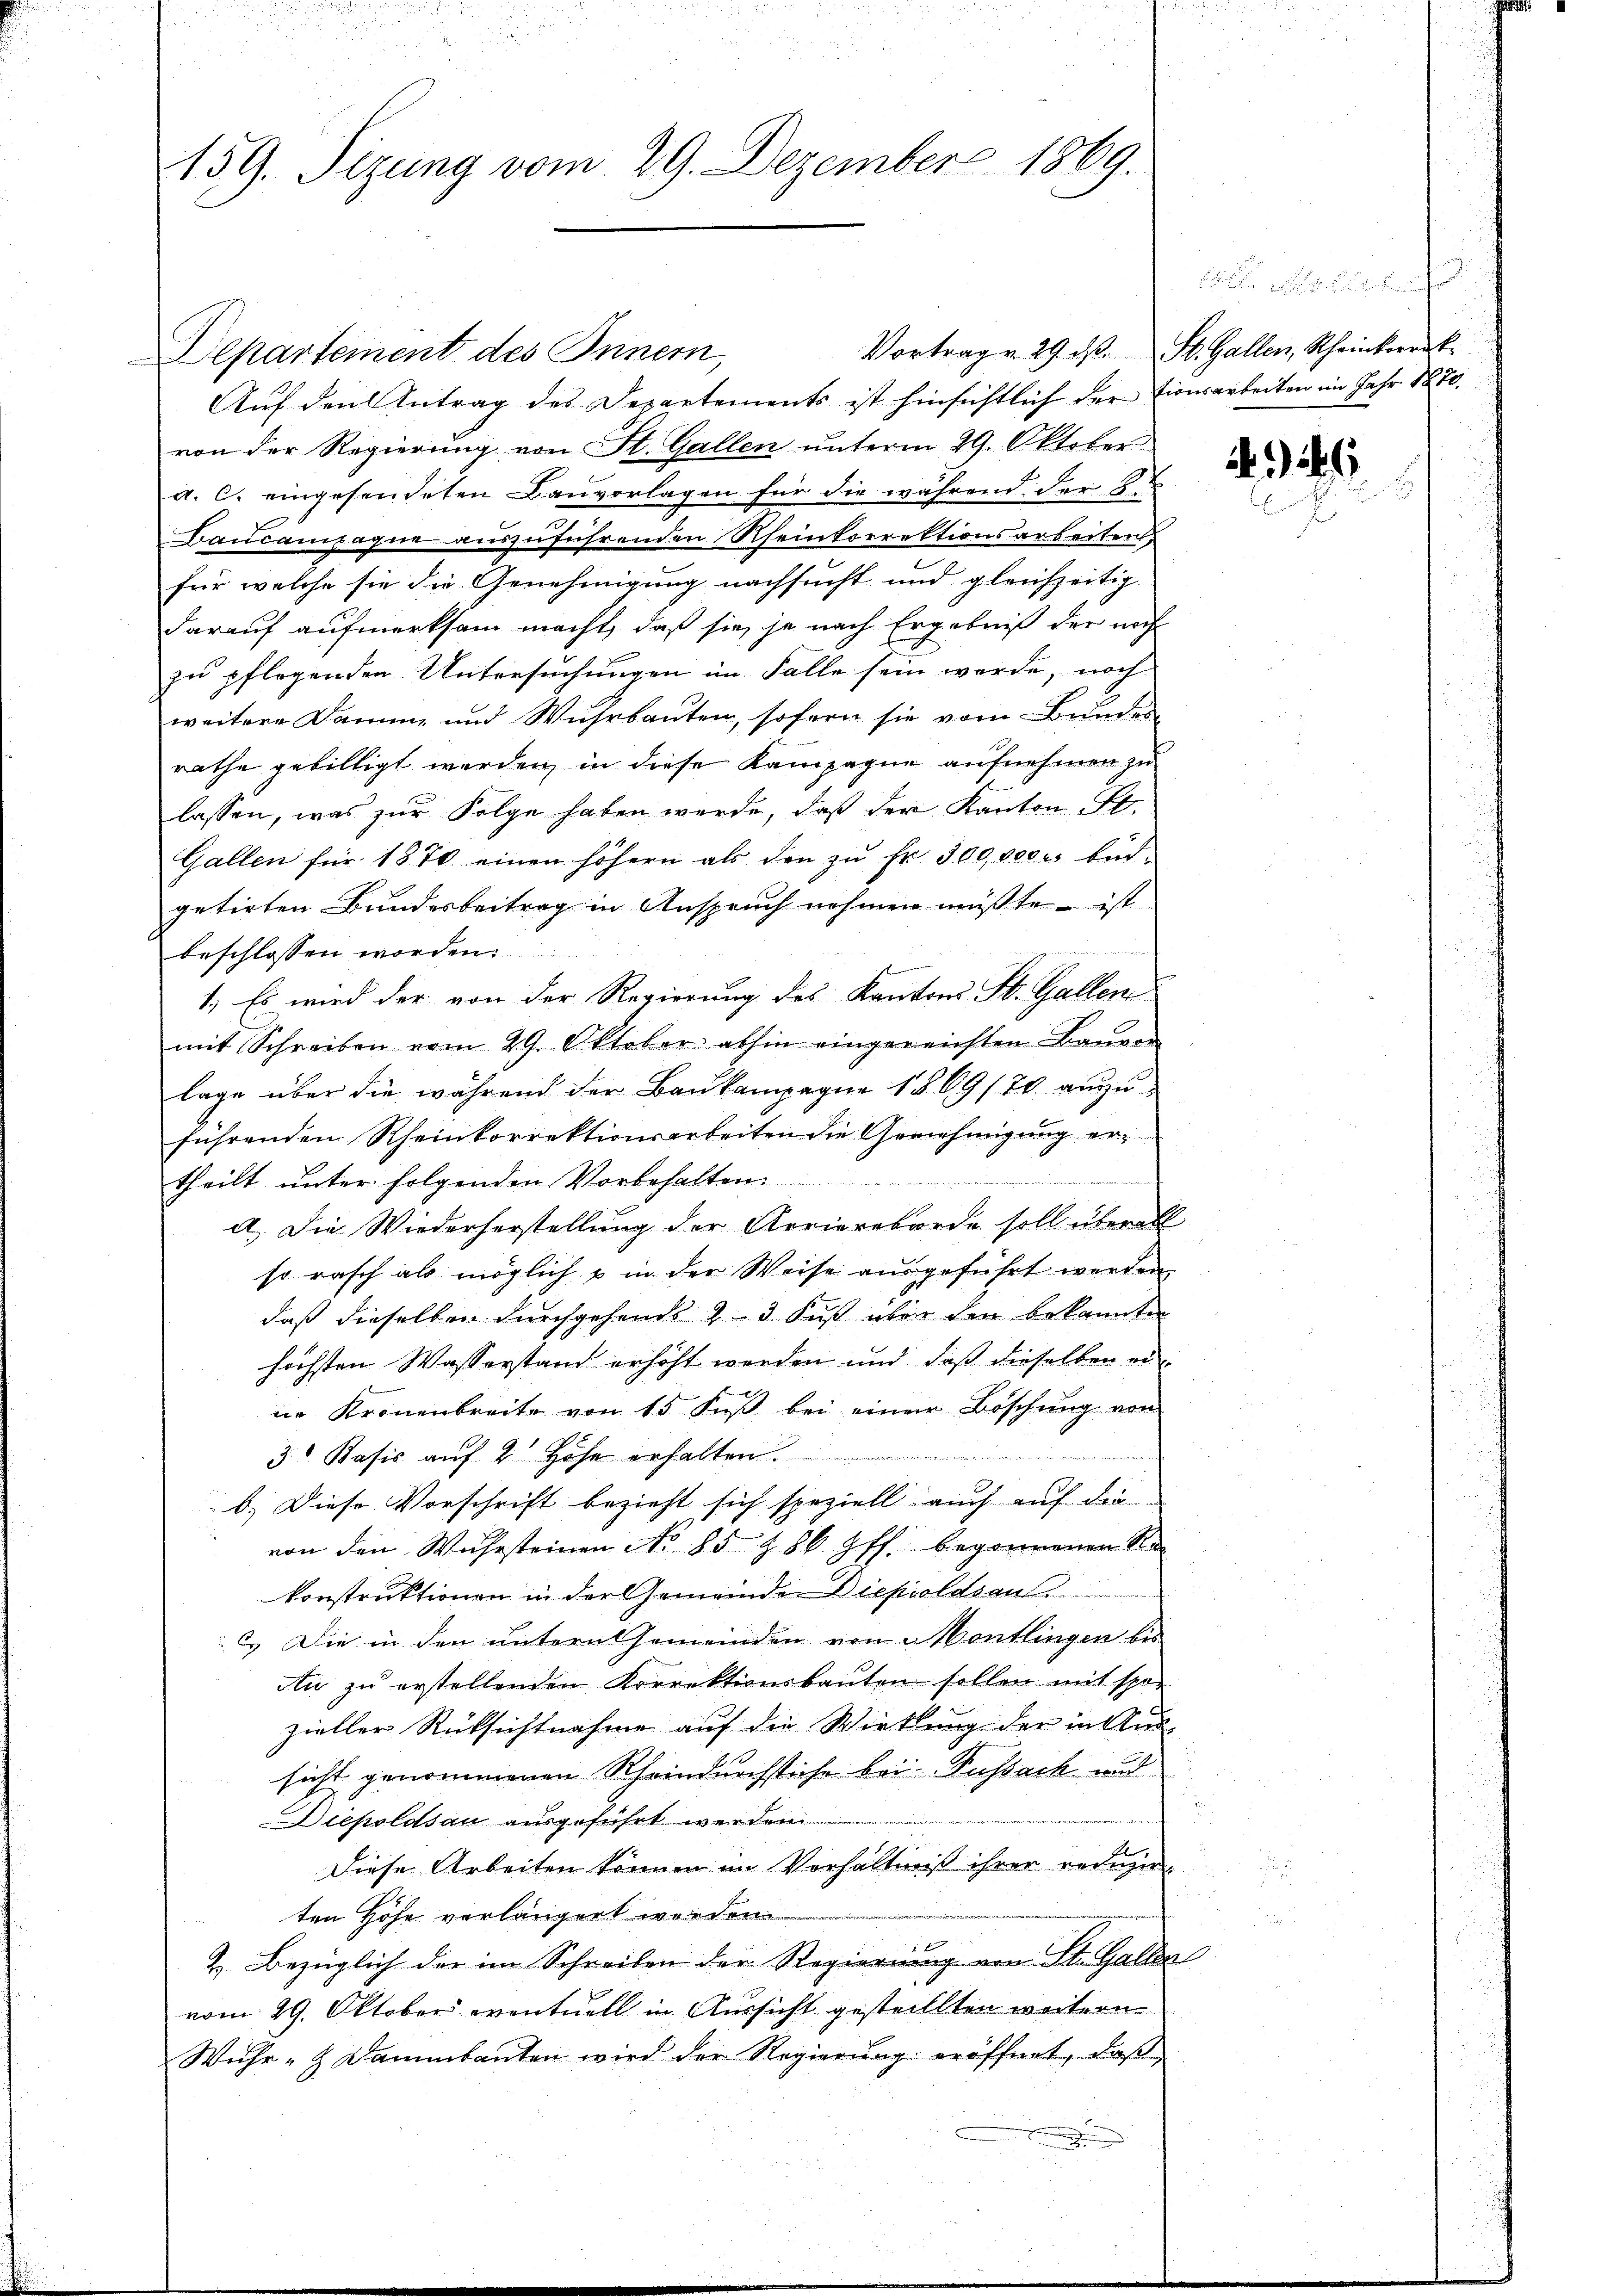
159. Sizung vom 29. Dezember 1869.

Departement des Innern,
Aŭf den Antrag des Departements ist hinsichtlich der tionsarbeiten im Jahr 1870.
von der Regierung von St. Gallen unterm 29. Oktober
a. C. eingesendeten Bauvorlagen für die während der B
Daucampagne auszuführenden Rheinkorrektionsarbeiten,
für welche sie die Genehmigung nachsucht und gleichzeitig
darauf aufmerksam macht, daß sie je nach Ergebniß der noch
zu pflegenden Untersuchungen im Falle sein werde, noch
weitere Daume und Wuhrbauten, sofern sie vom Bunde
rathe gebilligt werden, in diese Kampagne aufnehmen zu
lassen, was zur Folge haben werde, daß der Kanton St.
Gallen für 1870 einen höhern als den zŭ fr. 3000000 bed
getirten Bundesbeitrag in Anspruch nehmen müßte – ist
beschlossen worden.
1.) Es wird der von der Regierung des Kantons St. Gallen
mit Schreiben vom 29. Oktober abhin eingereichten Baŭver
lage über die während der Baukompagne 1869/70 anzu
führenden Rheinkorrektionsarbeiten die Genehmigung er
theilt unter folgenden Vorbehalten.
a.) Die Wiederherstellung der Arriereborde soll überall
so rasch als möglich u in der Weise ausgeführt werden.
daß dieselben durchgehends 23 Fuß über den bekannten
höchsten Wasserstand erhöht werden und daß dieselben eine Kronenbreite von 15 Fŭβ bei einem Böschung von

3. Basis auf 2 Höhe erhalten.
b.) Diese Vorschrift bezieht sich speziell auch auf die
von den Wuhrsteinen No 85 § 86 ff. begonnenen Re
konstruktionen in der Gemeinde Diepioldsen
l. Die in den untern Gemeinden von Montlingen bis
An zu erstellenden Korrektionsbauten sollen mit spo-
zieller Rücksichtnahme auf die Wirkung der in Aus-
sicht genommenen Rheindurchstiche bei Fussach und
Diepoldsau ausgeführt werden.
Diese Arbeiten können im Verhältniß ihrer rede
ten Höhe verlängert worden
&. Bezüglich der im Schreiben der Regierung von St. Gallen
vom 29. Oktober eventuell in Aussicht gestellten weitern
Wuhr- & Dammbauten wird der Regierung eröffnet, daß

Vortrag v. 29. d. St. Gallen, Rheinkorrek

22